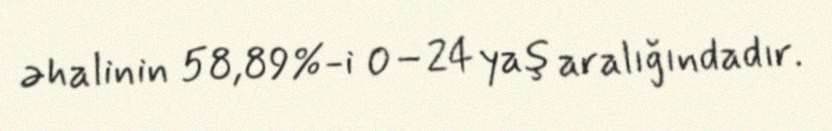
əhalinin 58,89%-i 0–24 yaş aralığındadır.